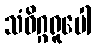
သံဝိဂ္ဂရူပေါ